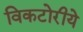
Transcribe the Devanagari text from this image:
विकटोरीये